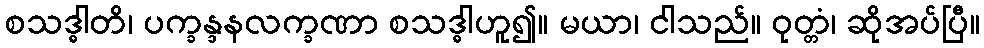
စသဒ္ဓါတိ၊ ပက္ခန္ဒနလက္ခဏာ စသဒ္ဓါဟူ၍။ မယာ၊ ငါသည်။ ဝုတ္တံ၊ ဆိုအပ်ပြီ။